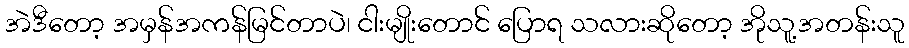
အဲဒီတော့ အမှန်အကန်မြင်တာပဲ၊ ငါးမျိုးတောင် ပြောရ သလားဆိုတော့ အိုသူ့အတန်းသူ